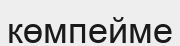
көмпейме